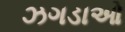
ઝગડાઓ